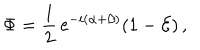
LaTeX: \Phi = \frac { 1 } { 2 } \, \mathrm { e } ^ { - i ( \alpha + \beta ) } ( 1 - { \cal E } ) \, ,